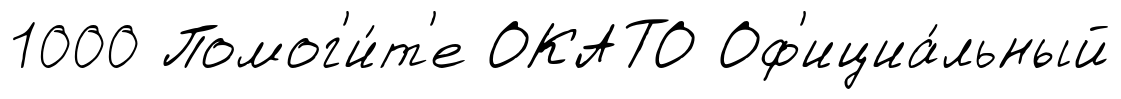
1000 Помог'и́т'е ОКАТО Оф'ициа́льный